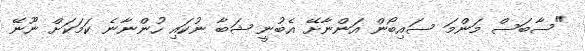
"ސާބަސް މަންމަ ސައިބޯން އަންނާށޭ އެބުނީ ޝަބާ ނުކައި ހުންނާނެ ކަމަކަށް ނޫނޭ